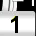
Digit: 1